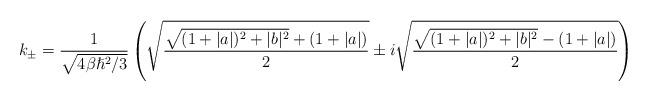
LaTeX: \begin{align*}k_{\pm}=\frac{1}{\sqrt{4\beta \hslash^{2}/3}}\left( \sqrt{\frac{\sqrt{(1+|a|)^{2}+|b|^{2}}+(1+|a|)}{2}} \pm i \sqrt{\frac{\sqrt{(1+|a|)^{2}+|b|^{2}}-(1+|a|)}{2}}\right)\end{align*}